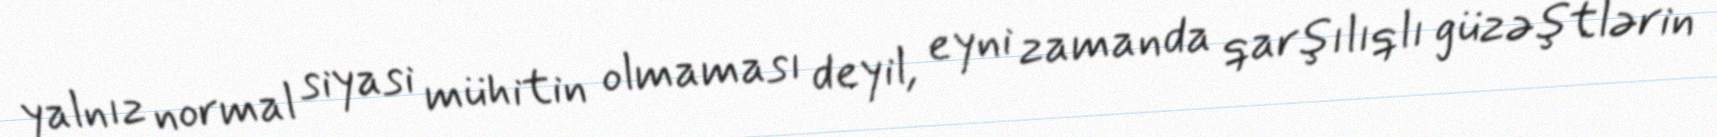
yalnız normal siyasi mühitin olmaması deyil, eyni zamanda qarşılıqlı güzəştlərin